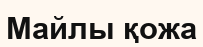
Майлы қожа